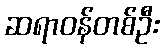
ဆရာဝန်တစ်ဦး